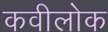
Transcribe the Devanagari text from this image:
कवीलोक